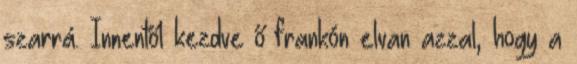
szarrá. Innentől kezdve ő frankón elvan azzal, hogy a